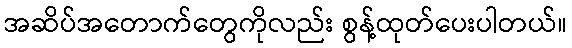
အဆိပ်အတောက်တွေကိုလည်း စွန့်ထုတ်ပေးပါတယ်။